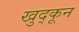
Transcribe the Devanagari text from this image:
खुद्कून